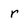
Character: r